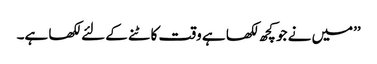
’’میں نے جو کچھ لکھا ہے وقت کاٹنے کے لئے لکھا ہے۔